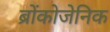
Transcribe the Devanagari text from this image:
ब्रोंकोजेनिक